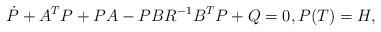
LaTeX: \begin{align*}\dot P+A^TP+PA-PBR^{-1}B^TP+Q=0, P(T)=H,\end{align*}